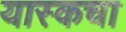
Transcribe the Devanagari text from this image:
यास्कचा